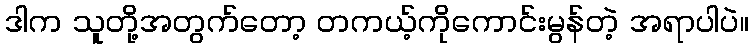
ဒါက သူတို့အတွက်တော့ တကယ့်ကိုကောင်းမွန်တဲ့ အရာပါပဲ။